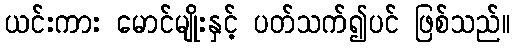
ယင်းကား မောင်မျိုးနှင့် ပတ်သက်၍ပင် ဖြစ်သည်။